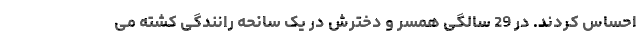
احساس کردند. در 29 سالگی همسر و دخترش در یک سانحه رانندگی کشته می